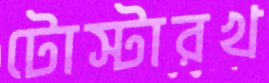
টোস্টারখ